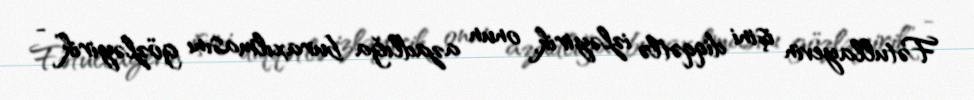
Fətullayevin işini diqqətlə izləyirik, onun azadlığa buraxılmasını gözləyirik” -